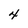
Character: 4